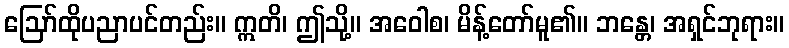
ဩော်ထိုပညာပင်တည်း။ ဣတိ၊ ဤသို့။ အဝေါစ၊ မိန့်တော်မူ၏။ ဘန္တေ၊ အရှင်ဘုရား။